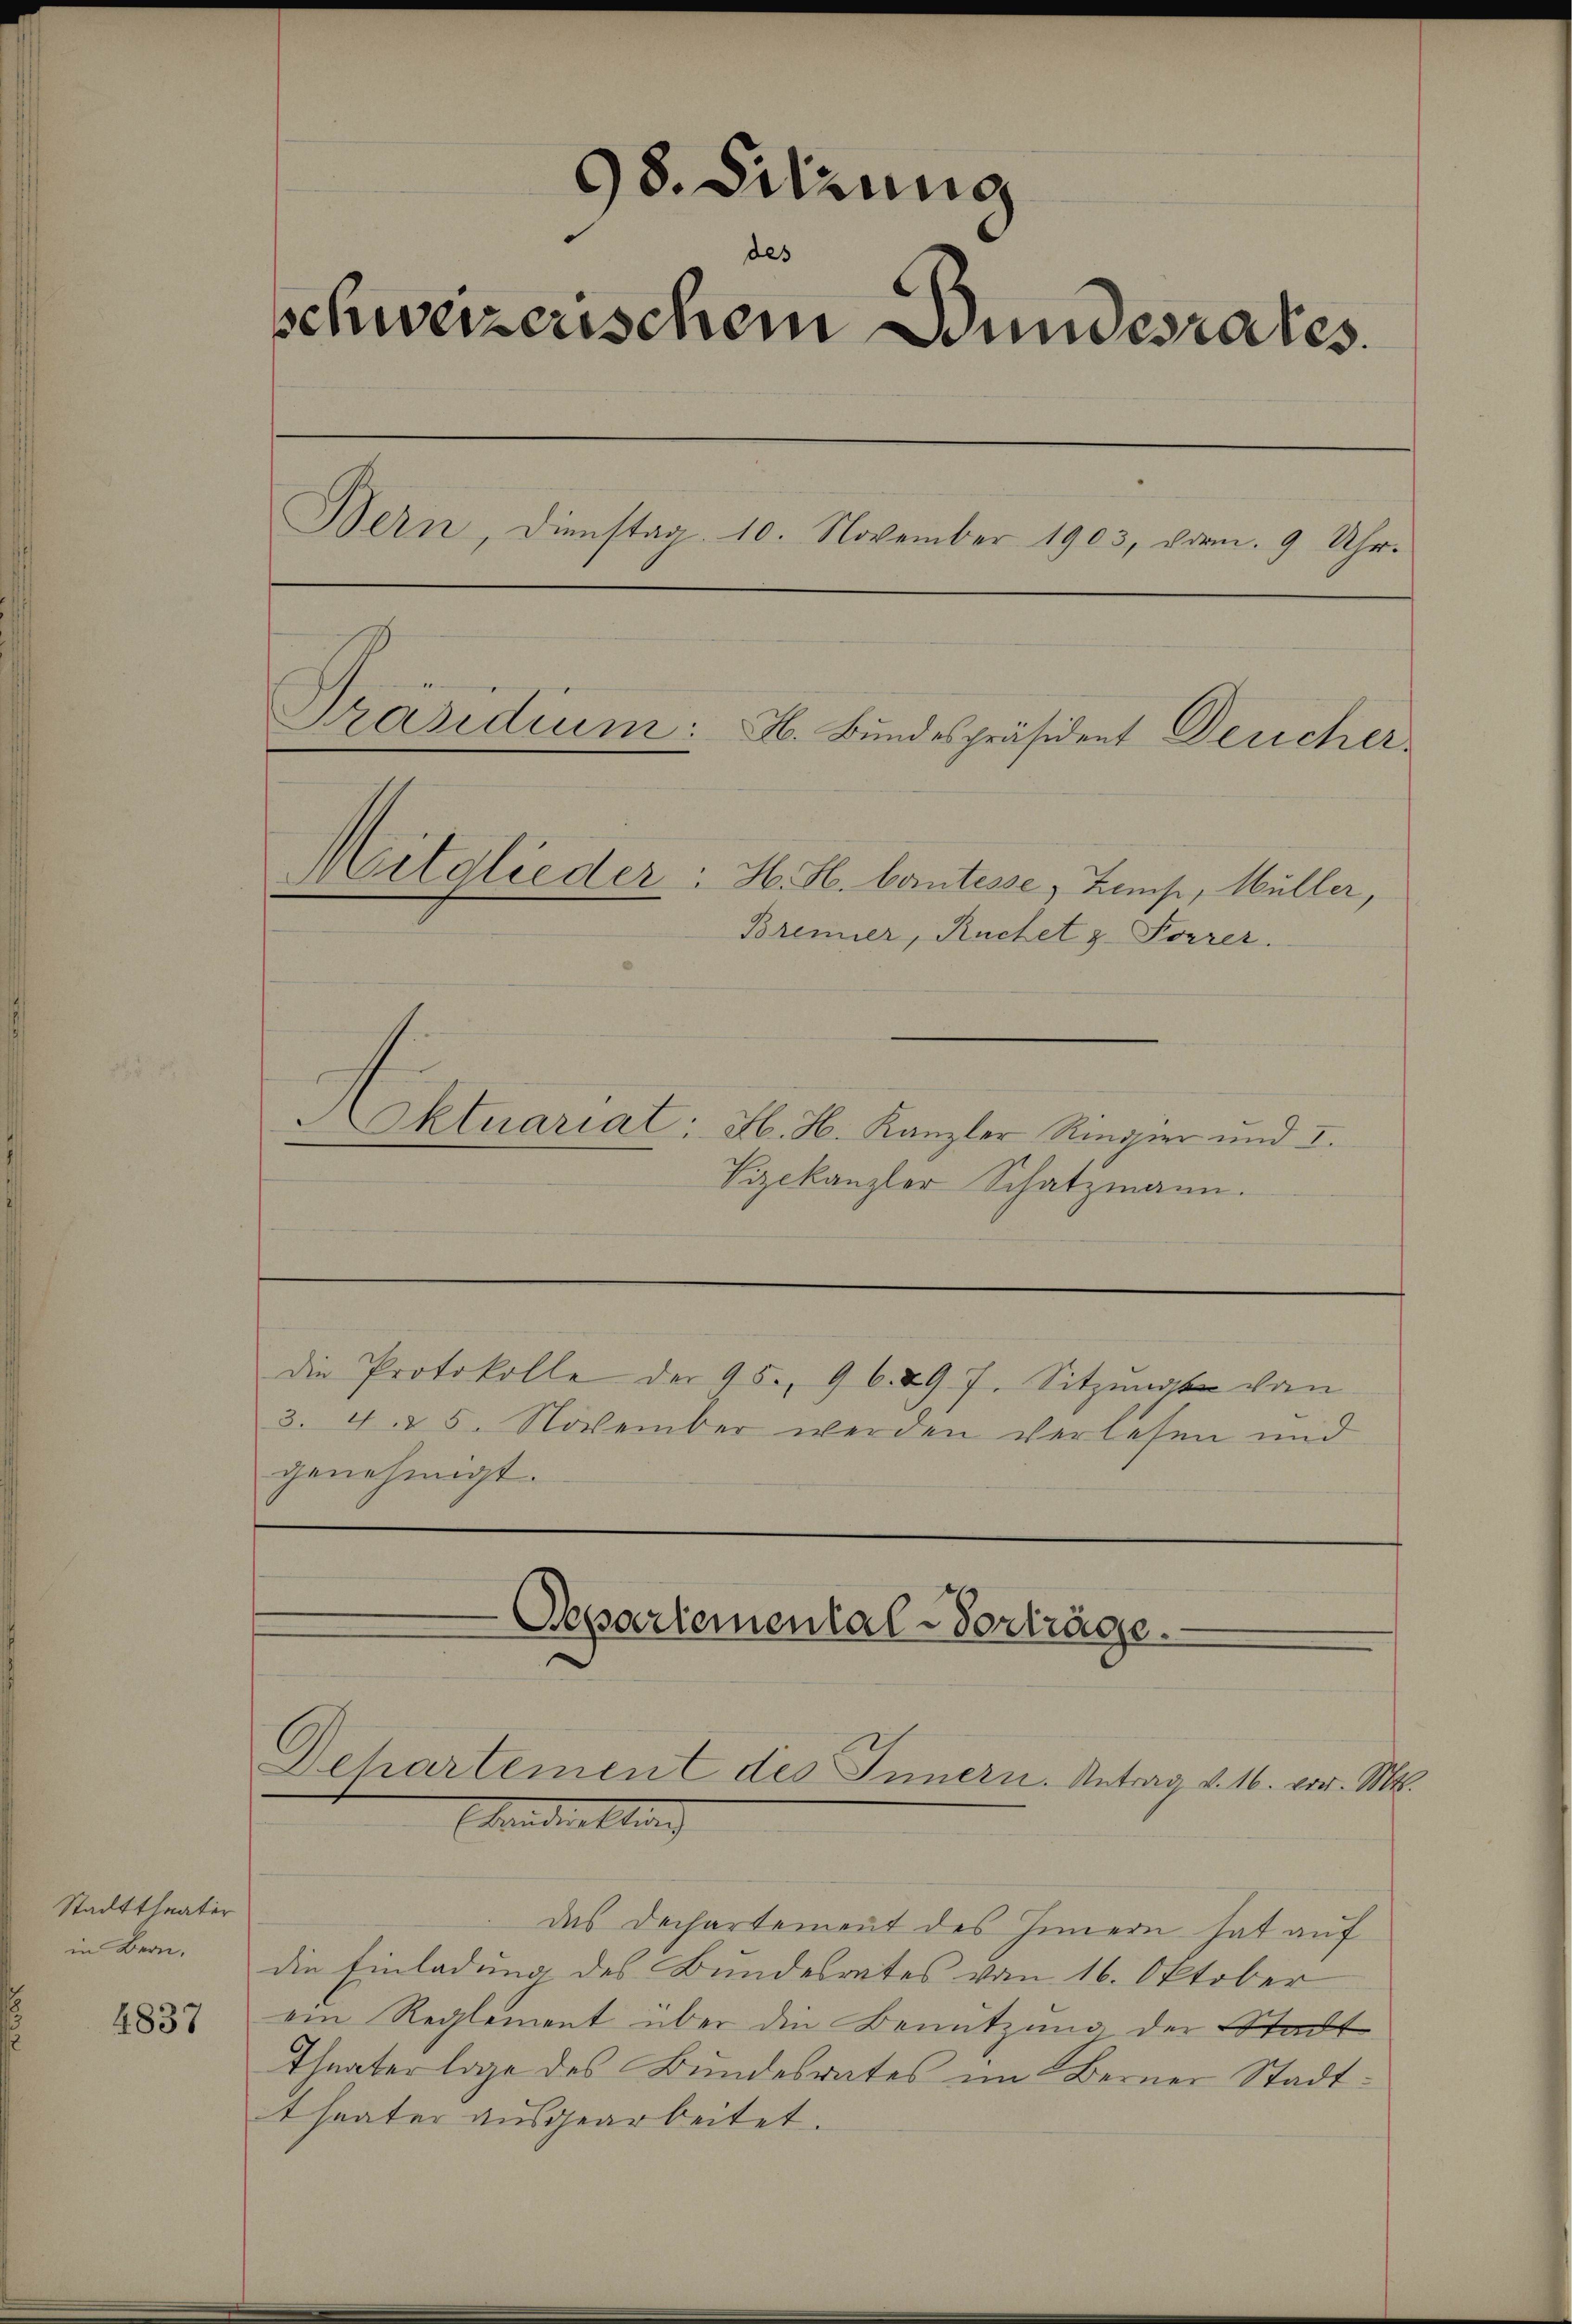
Stadttheater
in Bern.

4837

98. Sitzung
des
schweizerischem Bundesrates.
Bern, Dienstag. 10. November 1903, vom 9 Uhr.
Präsidium:
H. Bundespräsident Dericher
Mitglieder: H. H. Cantesse, Zeuse, Müller,
Brenner, Ruchet z. Forrer.

Aktuariat: H. H. Kanzler Rindvier und I.
Vizekanzler Schatzmann.
die Protokolle der 95, 9629 7. Sitzung von
3. 4. 25. November werden verlesen und
genehmigt.

Departemental-Verträge.

Dehartement des Innern. Antrag v. 16. vor. Mts.
Eides kling

das Dechartement des Innern hat auf
die Einladung des Bundesrates vom 16. Oktober
ein Reglement über die Benutzung der Stadt
Theaterlage des Bundesrates im Berner Stadttheater ausgearbeitet.